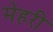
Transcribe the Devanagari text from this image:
मेहरी